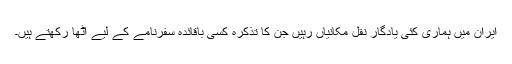
ایران میں ہماری کئی یادگار نقلِ مکانیاں رہیں جن کا تذکرہ کسی باقائدہ سفرنامے کے لیے اٹھا رکھتے ہیں۔